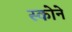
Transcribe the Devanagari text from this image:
स्कोने